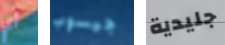
أي جيسوب جليدية